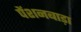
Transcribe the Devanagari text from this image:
पेंशनबाड़ा